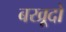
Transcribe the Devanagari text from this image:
बखूदों